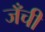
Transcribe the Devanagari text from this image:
जँची